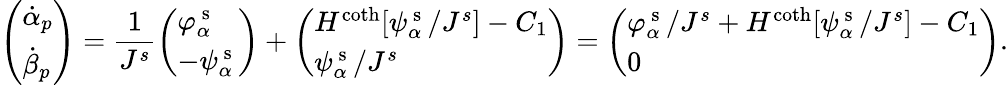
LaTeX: \left(\begin{array}{l}{\dot{\alpha}_{p}}\\ {\dot{\beta}_{p}}\end{array}\right)=\frac{1}{J^{s}}\left(\begin{array}{l}{\varphi_{\alpha}^{\mathrm{~s~}}}\\ {-\psi_{\alpha}^{\mathrm{~s~}}}\end{array}\right)+\left(\begin{array}{l}{H^{\coth}[\psi_{\alpha}^{\mathrm{~s~}}/J^{s}]-C_{1}}\\ {\psi_{\alpha}^{\mathrm{~s~}}/J^{s}}\end{array}\right)=\left(\begin{array}{l}{\varphi_{\alpha}^{\mathrm{~s~}}/J^{s}+H^{\coth}[\psi_{\alpha}^{\mathrm{~s~}}/J^{s}]-C_{1}}\\ {0}\end{array}\right).